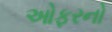
ઓફરનો